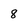
Character: 8